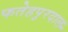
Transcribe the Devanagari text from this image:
फतेहपुरदाल